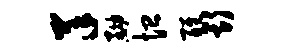
羊黝恤醒斯